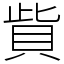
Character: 貲